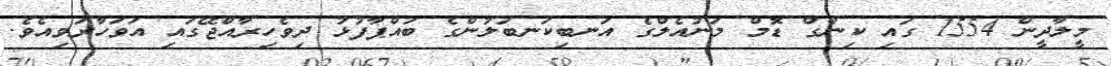
މީލާދީން 1554 ގައި ކިންގް ޑޮމް މަނުއެލްގެ އަނބިކަނބަލުންގެ ބައްޕާފުޅު ދިވެހިރާއްޖޭގައި އަވަހާރަވިއެވެ.